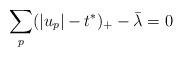
LaTeX: \begin{align*}\sum_p(|u_p| - t^*)_+ - \bar\lambda = 0\end{align*}